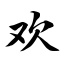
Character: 欢